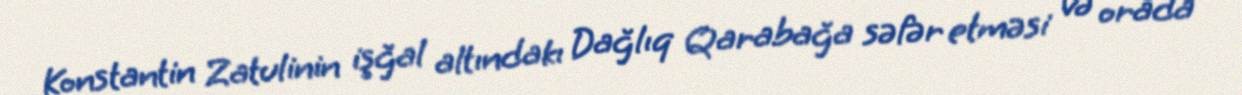
Konstantin Zatulinin işğal altındakı Dağlıq Qarabağa səfər etməsi və orada